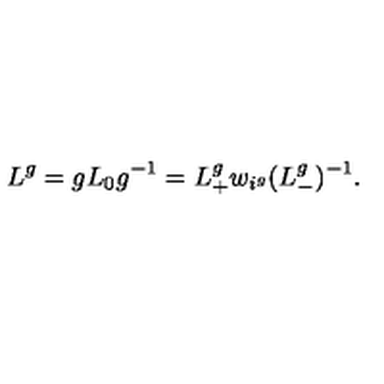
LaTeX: L ^ { g } = g L _ { 0 } g ^ { - 1 } = L _ { + } ^ { g } w _ { i ^ { g } } ( L _ { - } ^ { g } ) ^ { - 1 } .